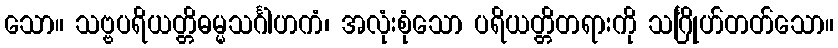
သော။ သဗ္ဗပရိယတ္တိဓမ္မသင်္ဂါဟကံ၊ အလုံးစုံသော ပရိယတ္တိတရားကို သင်္ဂြိုဟ်တတ်သော။